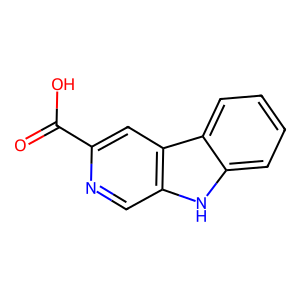
SMILES: O=C(O)c1cc2c(cn1)[nH]c1ccccc12
Inhibits HIV replication: No